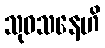
သုဝသနေဟိ